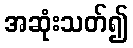
အဆုံးသတ်၍